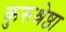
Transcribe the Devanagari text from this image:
कुरुश्रेष्ठा